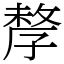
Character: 孷